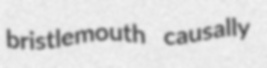
bristlemouth causally